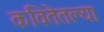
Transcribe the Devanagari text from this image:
कवितेतल्या